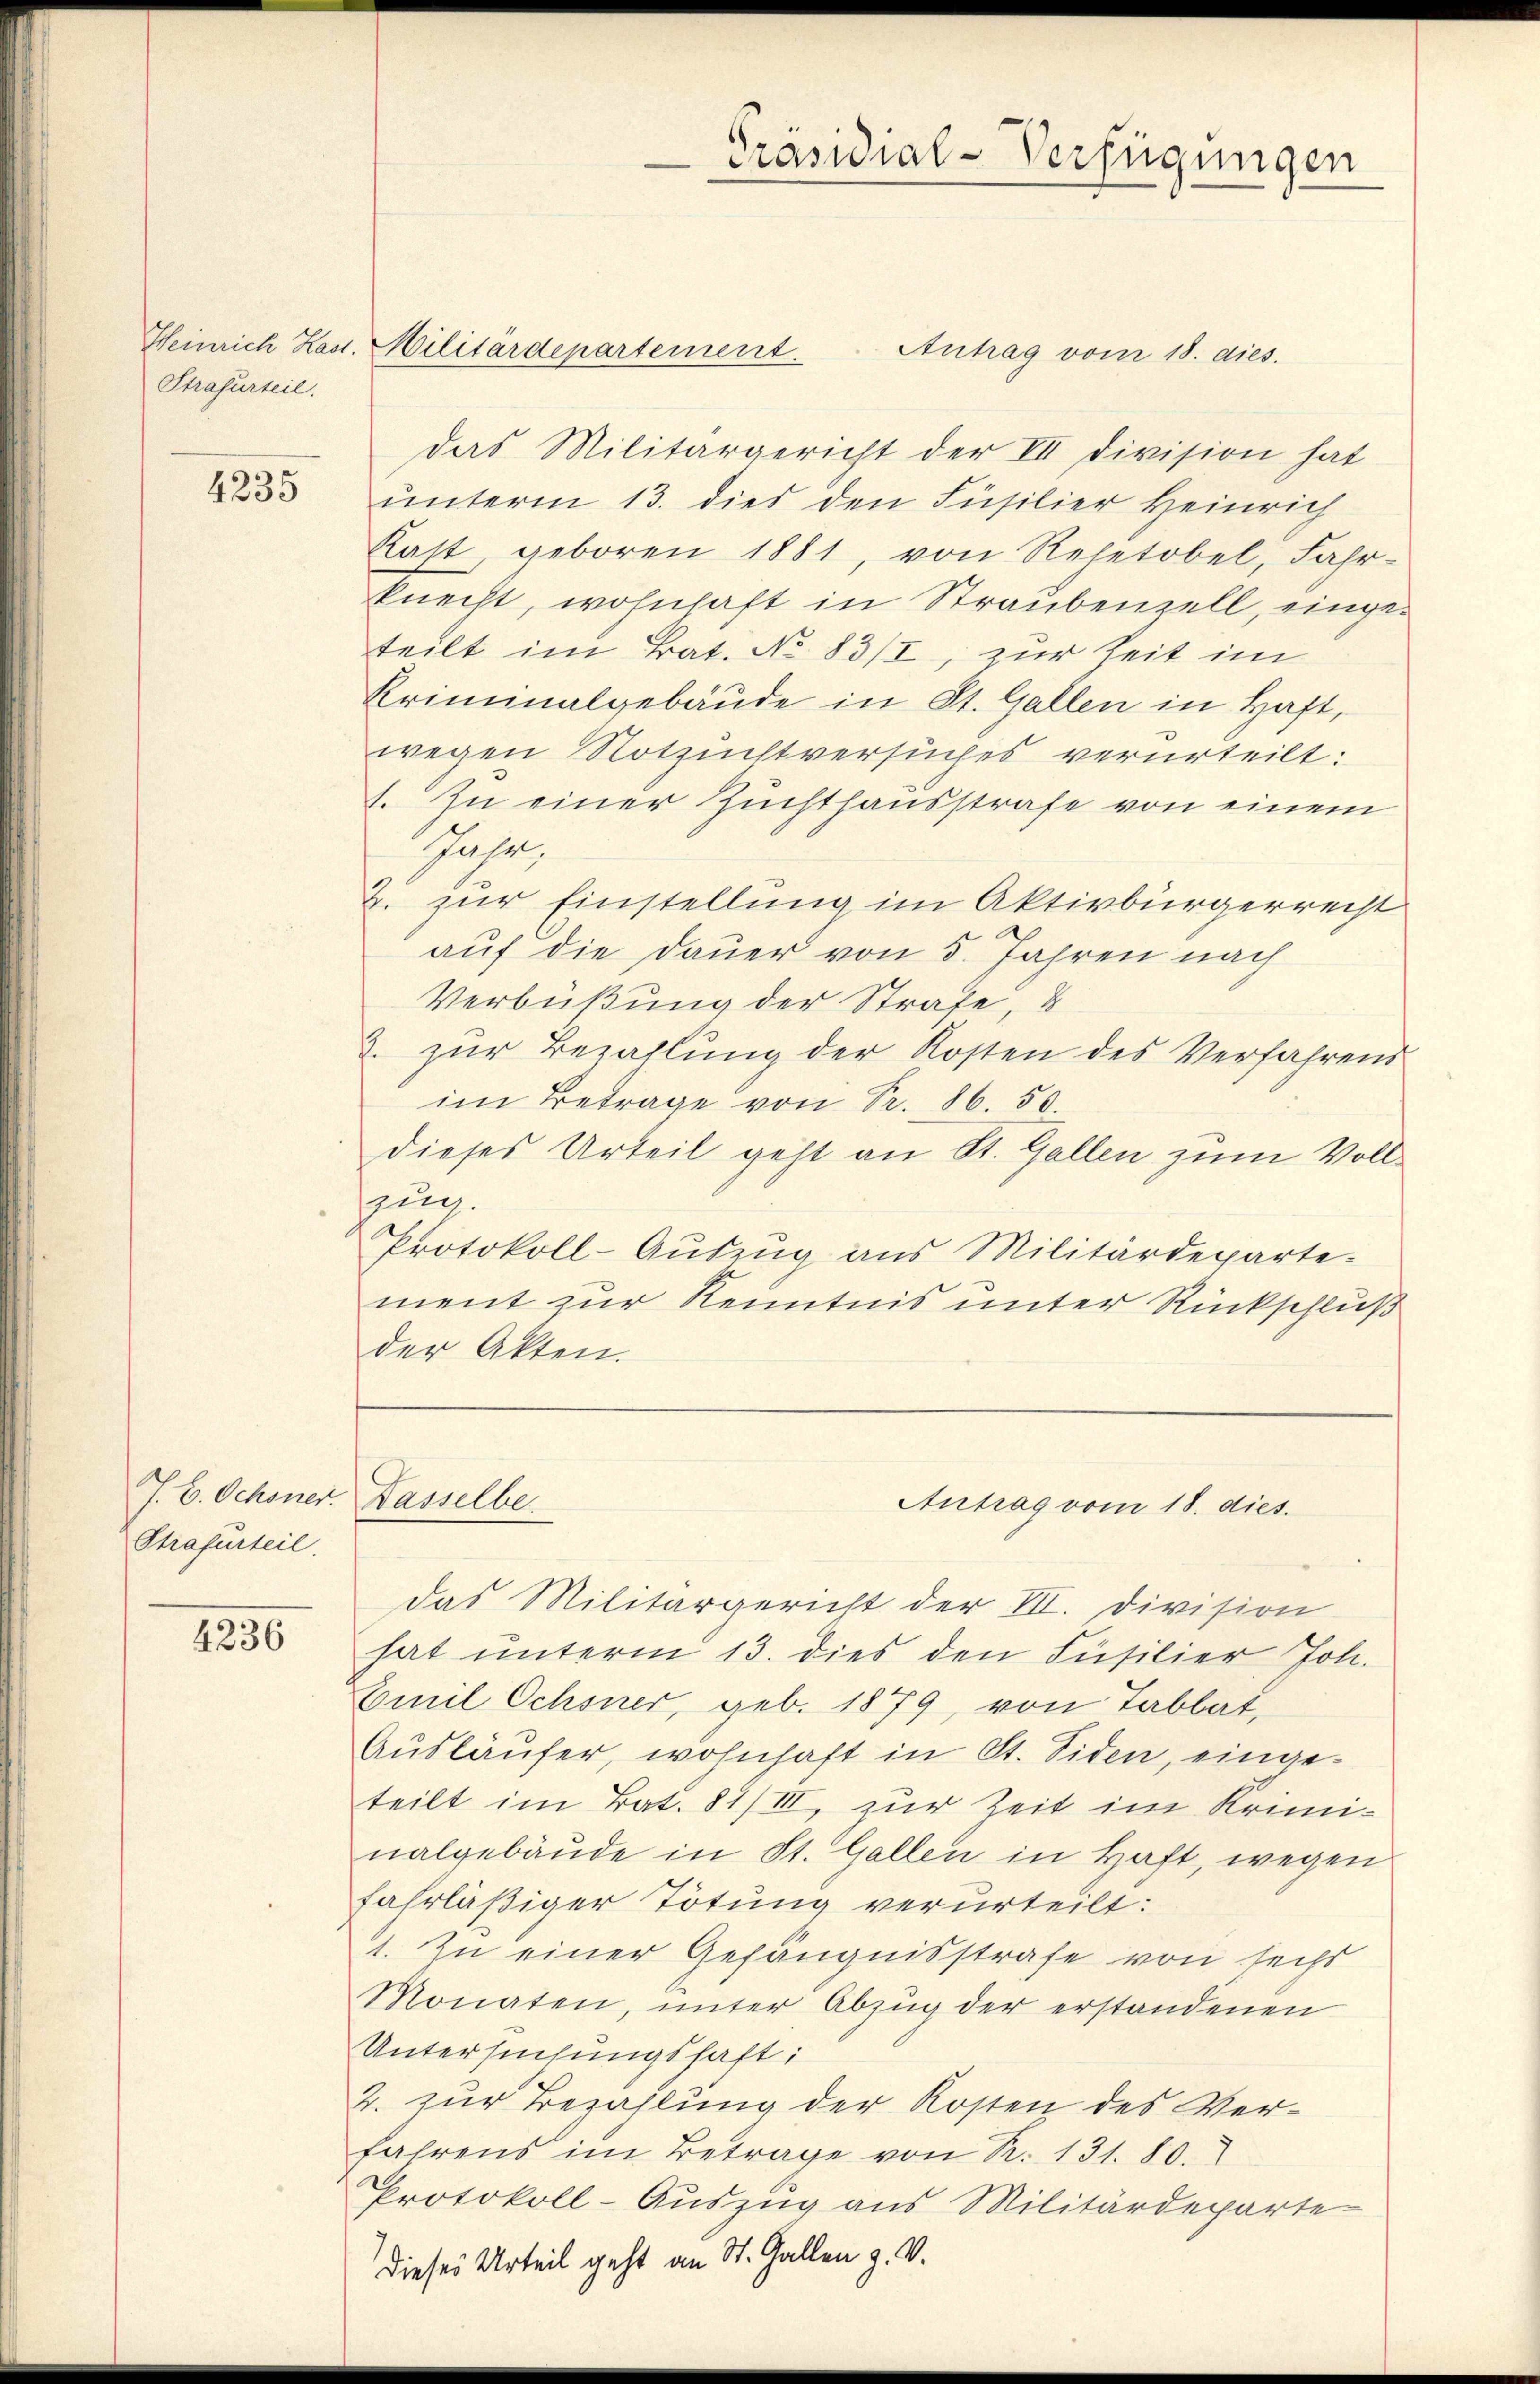
Strafurteil.

4235

J. B. Ochsner.
Strafurteil

4236

Heinrich Hast. Militärdepartement. Antrag vom 18. dies.
das Militärgericht der III Division hat
unterm 13. dies den Füsilier Heinrich
Kast geboren 1881, von Rehetobel, Fahr-
knecht, wohnhaft in Straubenzell, eingeteilt im Bat. No 83/I, zur Zeit im
Kriminalgebäude in St. Gallen in Haft,
wegen Notzuchtversuches verurteilt:
1. In einer Zuchthausstrafe von einem
Sache
2. zur Einstellung im Aktivbürgerrecht
auf die Dauer von 5. Jahren nach
Verbüßung der Strafe, u
2. zŭr Bezahlŭng der Kosten des Verfahrend
im Betrage von Fr. 86. 50.
dieses Urteil geht an St. Gallen zum Vollzug.
Protokoll-Auszug aus Militärdeparte.
ment zur Kenntnis unter Rückschluß
der Akten.

Hasselbe

Präsidial-Verfügungen

Antrag vom 18. dies.

das Militärgericht der VII. Division
hat unterm 13. dies den Füsilier Joh.
Emil Ochsner, geb. 1879, von Tablat,
Ausläufer, wohnhaft in St. Siden, eingeteilt im Bat. 81/III, zur Zeit im Kriminalgebäude in St. Gallen in Haft, wegen
fahrläßiger Tötung verurteilt:
1. Zu einer Gefängnisstrafe von sechs
Monaten, ŭnter Abzŭg der erstandenen
Untersuchungshaft:
2. zur Bezahlung der Kosten des Verfahrens im Betrage von R. 131. 80.
Protokoll-Auszug aus Militärdeparte
Dieses Urteil geht an St. Gallen z. V.